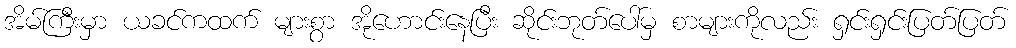
အိမ်ကြီးမှာ ယခင်ကထက် များစွာ အိုဟောင်းနေပြီး ဆိုင်းဘုတ်ပေါ်မှ စာများကိုလည်း ရှင်းရှင်းပြတ်ပြတ်